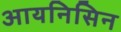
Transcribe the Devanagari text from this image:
आयनिसिन